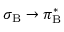
\sigma _ { \mathrm { B } } \rightarrow \pi _ { \mathrm { B } } ^ { * }